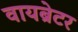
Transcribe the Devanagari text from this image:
वायब्रेटर